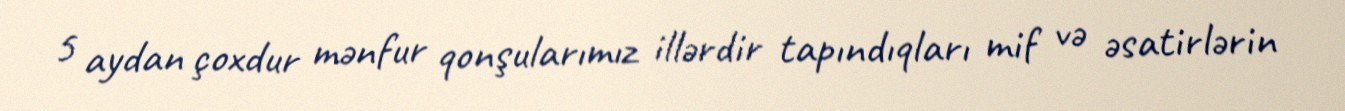
5 aydan çoxdur mənfur qonşularımız illərdir tapındıqları mif və əsatirlərin